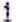
1